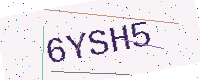
Text: 6YSH5